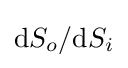
\mathrm {d} S_{o}/\mathrm {d} S_{i}